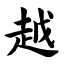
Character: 越